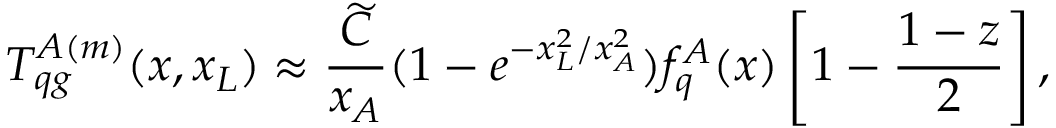
T _ { q g } ^ { A ( m ) } ( x , x _ { L } ) \approx \frac { \widetilde { C } } { x _ { A } } ( 1 - e ^ { - x _ { L } ^ { 2 } / x _ { A } ^ { 2 } } ) f _ { q } ^ { A } ( x ) \left[ 1 - \frac { 1 - z } { 2 } \right] ,